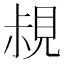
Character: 𧠪